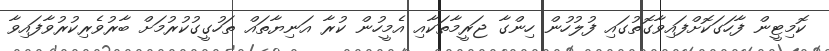
ކޮމިޓީން ފާހަގަކޮށްފައިވާގޮތުގައި ފުލުހުން ހިންގާ ޖަރީމާތަކާއި އެމީހުން ކުރާ އަނިޔާތައް ތަހުގީގުކުރުމަށް ބާރުވެރިކުރުވާފައިވާ